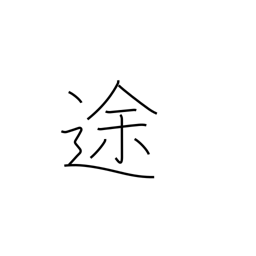
Meaning: route